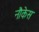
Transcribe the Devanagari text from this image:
नौकेस